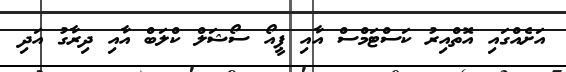
އަށެއްގައި އޮތްއިރު ކަސްޓަމްސް އާއި ޕީއޯ ސޯޝަލް ކްލަބް އާއި ދިރާގު އަދި